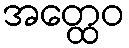
အတ္ထေဝ